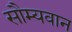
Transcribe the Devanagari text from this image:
सौम्यवान